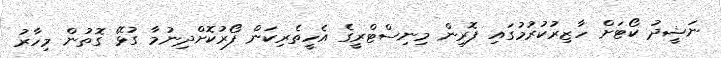
ނަޝީދު ކޯޓަށް ހާޒިރުކުރުމުގައި ފޮރިން މިނިސްޓްރީގެ އެހީތެރިކަން ފޯރުކޮށްދިނުމާ ގުޅޭ ގޮތުން މިހާރު